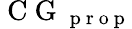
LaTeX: \mathrm{~C~G~}_{\mathrm{~p~r~o~p~}}